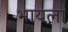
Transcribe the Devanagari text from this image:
भायला